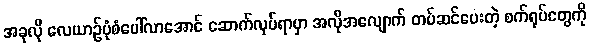
အခုလို လေယာဉ်ပုံစံပေါ်လာအောင် ဆောက်လုပ်ရာမှာ အလိုအလျောက် တပ်ဆင်ပေးတဲ့ စက်ရုပ်တွေကို